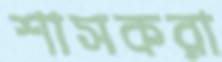
শাসকরা